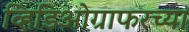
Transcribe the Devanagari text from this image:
व्हिडिओग्राफरच्या